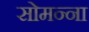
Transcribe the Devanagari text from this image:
सोमन्ना